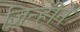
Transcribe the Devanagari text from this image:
जिन्हीने